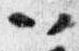
以